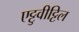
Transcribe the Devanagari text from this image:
एट्टुवीट्टिल